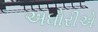
અઘોરીએ